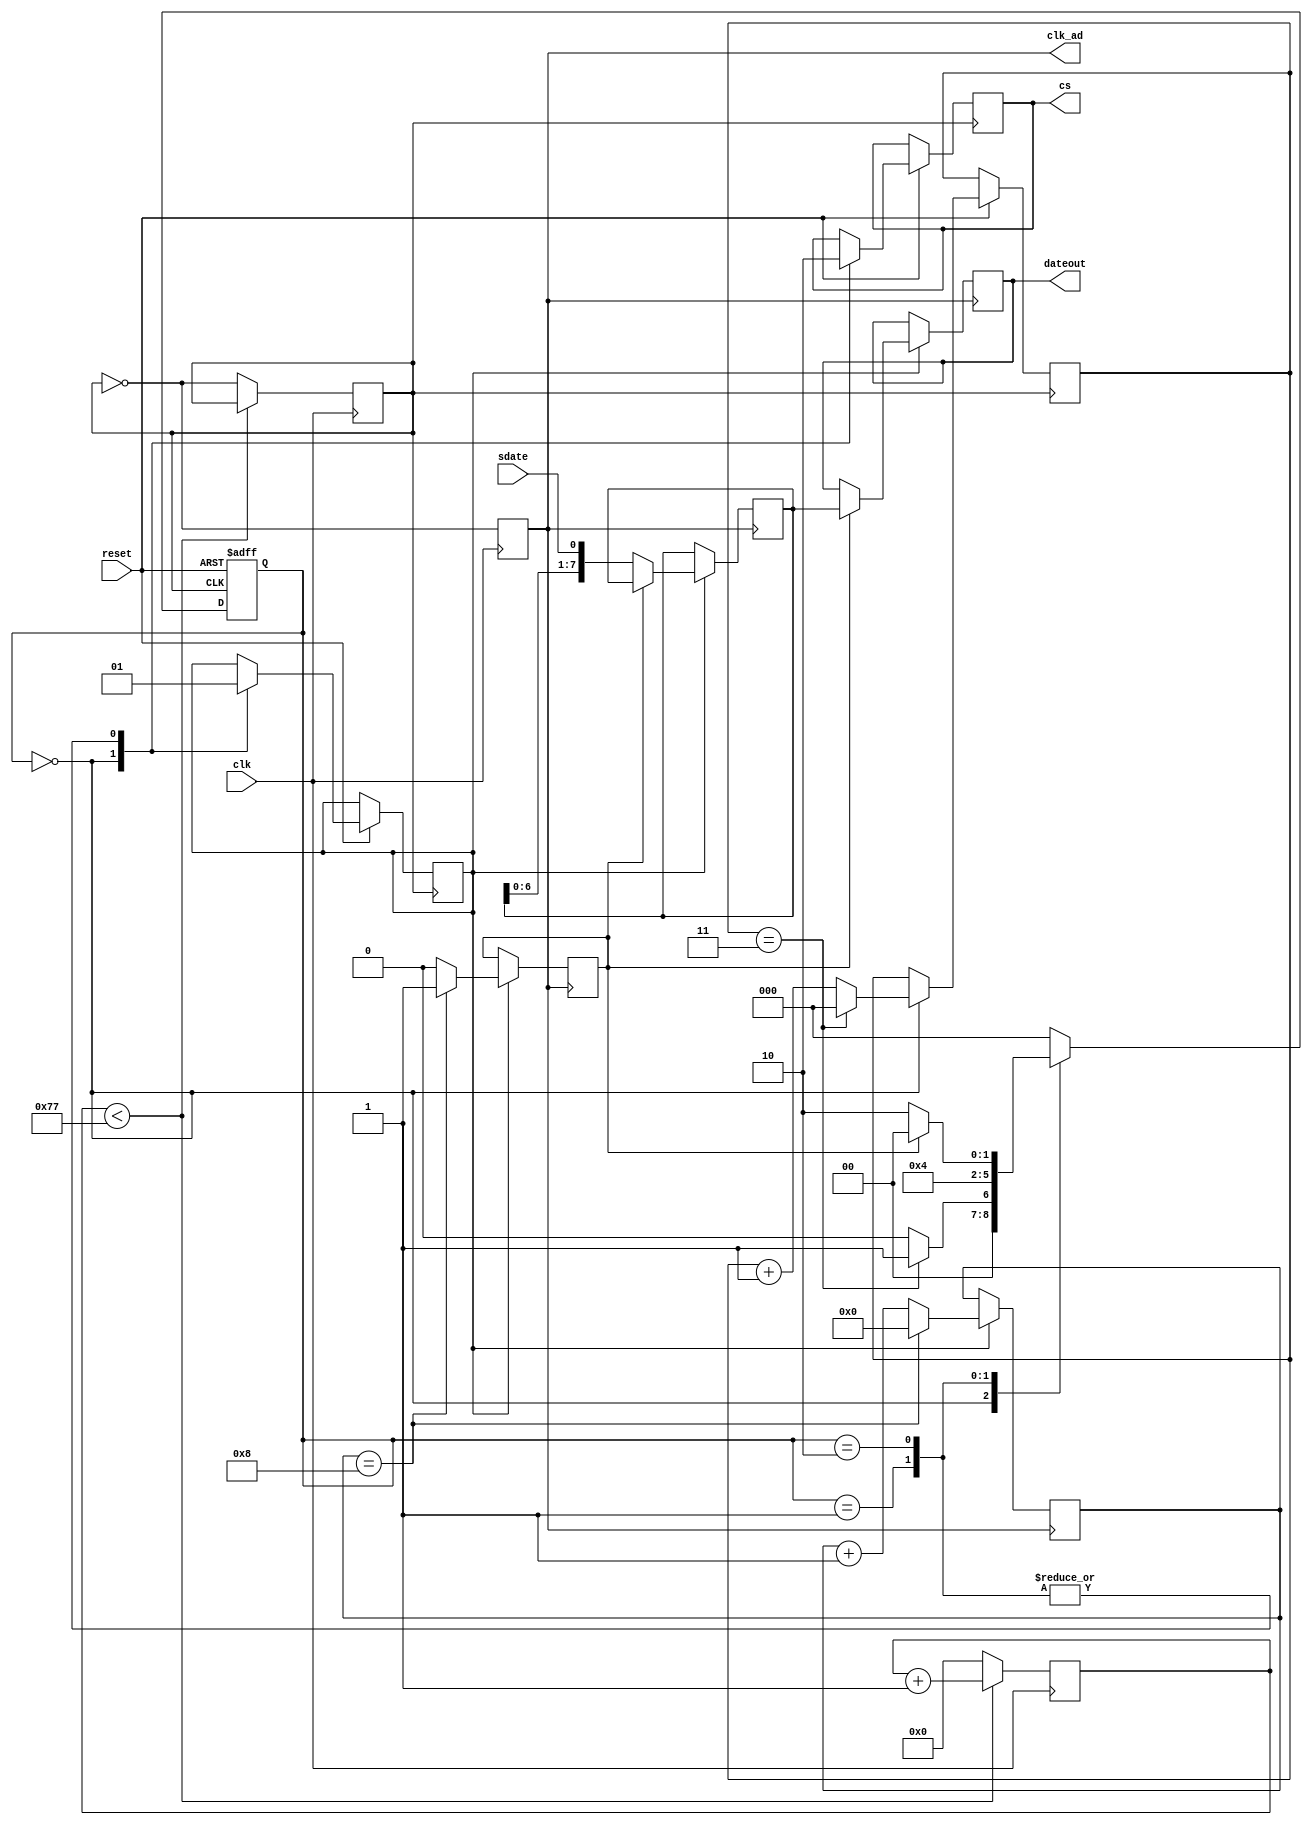
module tlc549_drive(clk,cs,sdate,clk_ad,reset,dateout);

input          clk,reset,sdate;

output         cs,clk_ad;
output  [7:0]  dateout;

reg            cs,clk_ad_r,clk_r;

reg     [7:0]  dateout, dateout_r;
reg     [7:0]  count;
reg     [2:0]  temp;
reg     [3:0]  cnt;

reg     [2:0]  c_st;
reg            mark;
reg            flag;

parameter [2:0]s0=0,s1=1,s2=2;

always@(posedge clk)
begin 
    if(count<119)
        count<=count+1;
    else begin 
        clk_r<=~clk_r;
        count<=0;
    end
end

always@(posedge clk)
begin 
    clk_ad_r<=~clk_r;
end

assign clk_ad=clk_ad_r;

always@(posedge clk_r or negedge reset)
begin 
    if(!reset)
        c_st<=s0;
    else 
        case(c_st)
            s0:
            begin 
                cs<=1;
                mark<=0;
                if(temp==3)
                begin 
                    temp<=0;
                    c_st<=s1;
                end
                else begin 
                    temp<=temp+1;
                    c_st<=s0;
                end
            end
            s1:
            begin 
                cs<=0;
                mark<=1;
                c_st<=s2;
            end
            s2:
            begin 
                cs<=0;
                mark<=1;
                if(flag==1)
                    c_st<=s0;
                else 
                    c_st<=s2;
            end
            default:c_st<=s0;
        endcase
end

always@(posedge clk_ad_r)
begin
    if(mark==1)
    if(cnt==8)
        begin 
            cnt<=0;
            flag<=1;
        end
   else 
        begin 
            cnt<=cnt+1;
            flag<=0;
        end
end

always@(posedge clk_ad_r)
begin
    if(mark==1)
    if(flag==1)
        dateout<=dateout_r;
    else 
        dateout_r<={dateout_r[6:0],sdate};
end

endmodule